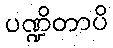
ပဏ္ဍိတာပိ